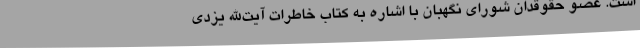
است. عضو حقوقدان شورای نگهبان با اشاره به کتاب خاطرات آیت‌الله یزدی